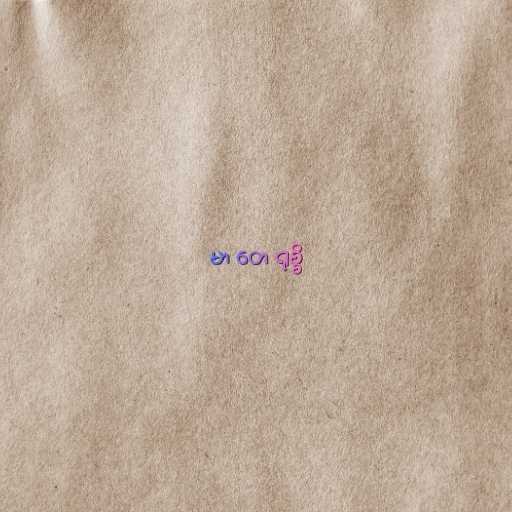
မာ တေ ရုစ္စိ